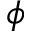
\phi